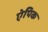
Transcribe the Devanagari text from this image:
ऐपिक